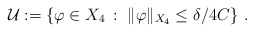
\begin{align*}\mathcal U:=\left\{\varphi\in X_4\,:\,\,\Vert\varphi\Vert_{X_4}\le\delta/4C\right\}\,.\end{align*}